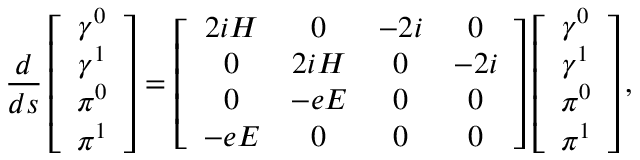
\frac d { d s } \left[ \begin{array} { c } { { \gamma ^ { 0 } } } \\ { { \gamma ^ { 1 } } } \\ { { \pi ^ { 0 } } } \\ { { \pi ^ { 1 } } } \end{array} \right] = \left[ \begin{array} { c c c c } { { 2 i { \cal H } } } & { { 0 } } & { { - 2 i } } & { { 0 } } \\ { { 0 } } & { { 2 i { \cal H } } } & { { 0 } } & { { - 2 i } } \\ { { 0 } } & { { - e E } } & { { 0 } } & { { 0 } } \\ { { - e E } } & { { 0 } } & { { 0 } } & { { 0 } } \end{array} \right] \left[ \begin{array} { c } { { \gamma ^ { 0 } } } \\ { { \gamma ^ { 1 } } } \\ { { \pi ^ { 0 } } } \\ { { \pi ^ { 1 } } } \end{array} \right] ,